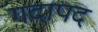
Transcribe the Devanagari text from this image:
गदापद